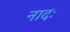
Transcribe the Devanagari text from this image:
नादः